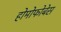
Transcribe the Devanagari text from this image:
होमोफोबेस